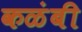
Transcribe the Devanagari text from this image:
कळंबी